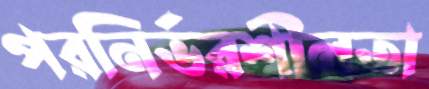
পরনির্ভরশীলতা